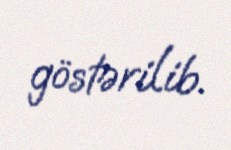
göstərilib.